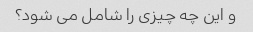
و این چه چیزی را شامل می شود؟